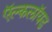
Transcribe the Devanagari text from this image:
ऍल्कलॉयड